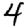
Digit: 4